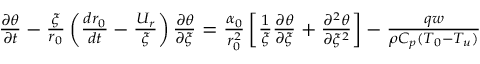
\begin{array} { r } { \frac { \partial \theta } { \partial t } - \frac { \xi } { r _ { 0 } } \left( \frac { d r _ { 0 } } { d t } - \frac { U _ { r } } { \xi } \right) \frac { \partial \theta } { \partial \xi } = \frac { \alpha _ { 0 } } { r _ { 0 } ^ { 2 } } \left[ \frac { 1 } { \xi } \frac { \partial \theta } { \partial \xi } + \frac { \partial ^ { 2 } \theta } { \partial \xi ^ { 2 } } \right] - \frac { q w } { \rho C _ { p } ( T _ { 0 } - T _ { u } ) } } \end{array}